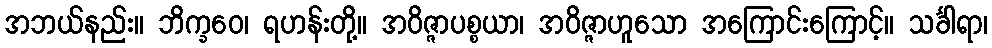
အဘယ်နည်း။ ဘိက္ခဝေ၊ ရဟန်းတို့။ အဝိဇ္ဇာပစ္စယာ၊ အဝိဇ္ဇာဟူသော အကြောင်းကြောင့်။ သင်္ခါရာ၊